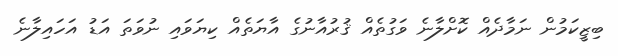
ބިޒީކަމުން ނަމާދެއް ކޮށްލާނެ ވަގުތެއް ޤުރުއާނުގެ އާޔަތެއް ކިޔަވައި ނުވަތަ އަޑު އަހައިލާނެ